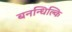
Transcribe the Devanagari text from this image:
बनन्धिल्कि